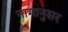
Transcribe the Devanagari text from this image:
नामानुसर